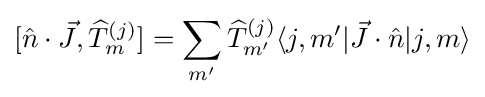
{[{\hat {n}}\cdot {\vec {J}}},{\widehat {T}}_{m}^{(j)}]=\sum _{m'}{\widehat {T}}_{m'}^{(j)}\langle j,m'|{\vec {J}}\cdot {\hat {n}}|j,m\rangle